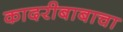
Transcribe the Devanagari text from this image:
कादरीबाबाचा